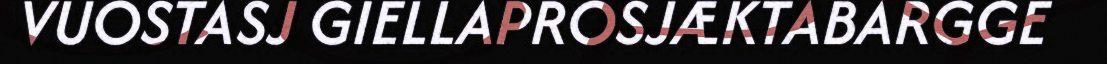
VUOSTASJ GIELLAPROSJÆKTABARGGE